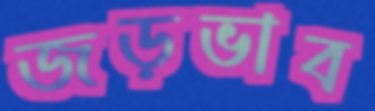
জড়ভাব